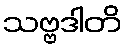
သဗ္ဗဒါတိ